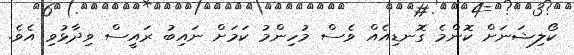
ކޯލިޝަނަށް ކޮންމެ ގޮނޑިއެއް ވެސް މުހިންމު ކަމަށް ނައިބު ރައީސް ވިދާޅުވި އެވެ.